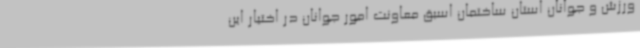
ورزش و جوانان استان ساختمان اسبق معاونت امور جوانان در اختیار این